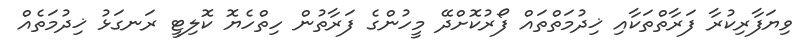
ވިޔަފާރިކުރާ ފަރާތްތަކާއި ޚިދުމަތްތައް ފޯރުކޮށްދޭ މީހުންގެ ފަރާތުން ހިތްހެޔޮ ކޮލިޓީ ރަނގަޅު ޚިދުމަތެއް